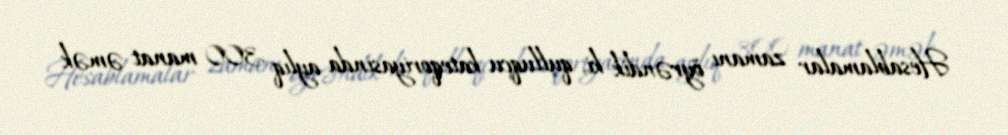
Hesablamalar zamanı öyrəndik ki, qulluqçu kateqoriyasında aylıq 300 manat əmək